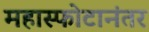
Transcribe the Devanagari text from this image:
महास्फोटानंतर